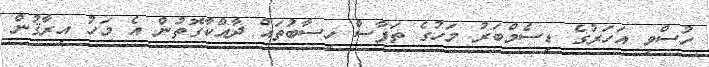
ހުސްވި އަހަރުގެ ޑިސެމްބަރު މަހުގެ ތަފާސް ހިސާބުތައް ދާއްކާގޮތުން އެ މަހު އިރާޤުން